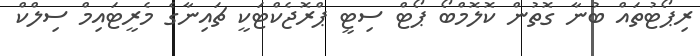
ރިޕޯޓުތައް ބުނާ ގޮތުން ކޮލޮމްބޯ ޕޯޓް ސިޓީ ޕްރޮޖެކްޓަކީ ޗައިނާގެ މެރީޓައިމް ސިލްކް